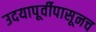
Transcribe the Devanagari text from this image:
उदयापूर्वीपासूनच